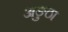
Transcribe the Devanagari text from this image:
अङुठा